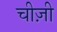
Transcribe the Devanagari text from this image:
चीज़ी